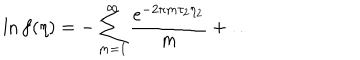
\ln f ( \eta ) = - \sum _ { m = 1 } ^ { \infty } { \frac { e ^ { - 2 \pi m \tau _ { 2 } \eta _ { 2 } } } { m } } + \dots